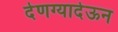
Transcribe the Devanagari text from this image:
देणग्यादेऊन